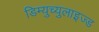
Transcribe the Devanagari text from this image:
डिम्युच्युलाइज्ड